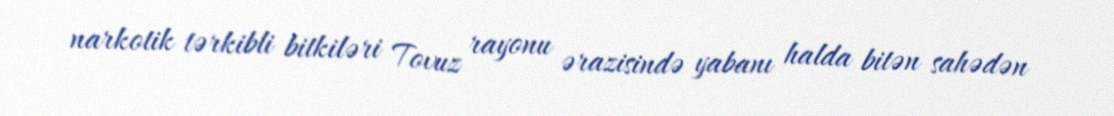
narkotik tərkibli bitkiləri Tovuz rayonu ərazisində yabanı halda bitən sahədən